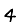
Digit: 4